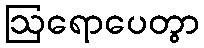
ဩရောပေတွာ